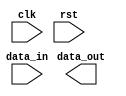
module EthernetBusController (
    input wire clk,
    input wire rst,
    input wire data_in,
    output reg data_out
);

// Timing control and synchronization logic here

endmodule